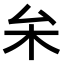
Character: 𠫡